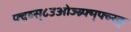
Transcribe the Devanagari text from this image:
फ्द्व्स्८उओज्स्र्फ्म्फ्व्स्कु